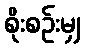
စိုးစဉ်းမျှ